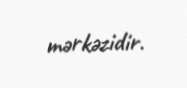
mərkəzidir.